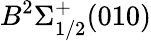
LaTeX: B^{2}\Sigma_{1/2}^{+}(010)